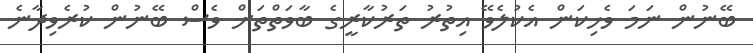
ބޭނުން ނަމަ ވެހިކަން އެކުލެވޭ އިތުރު ތަރުކާރީގެ ބާވަތްތަށް ވެސް ބޭނުން ކުރެވިދާނެ